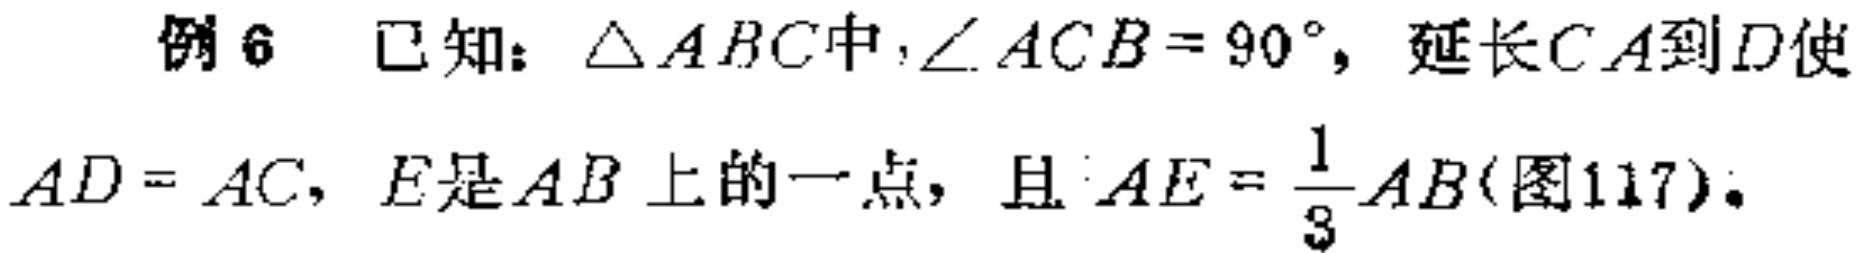
例6 已知：$\triangle ABC$中，$\angle ACB = 90^{\circ}$，延长$CA$到$D$使$AD = AC$，$E$是$AB$上的一点，且$AE=\frac{1}{3}AB$(图117)。